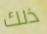
ذلك